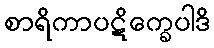
စာရိကာပဋိက္ခေပါဒိ